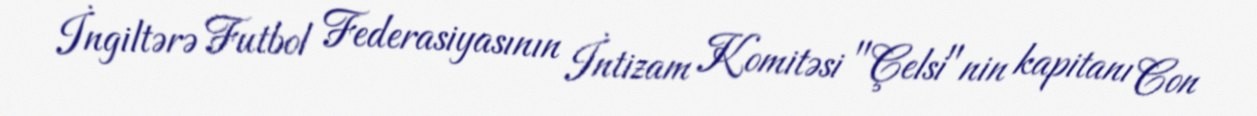
İngiltərə Futbol Federasiyasının İntizam Komitəsi "Çelsi"nin kapitanı Con